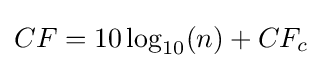
CF=10\log _{10}(n)+CF_{c}